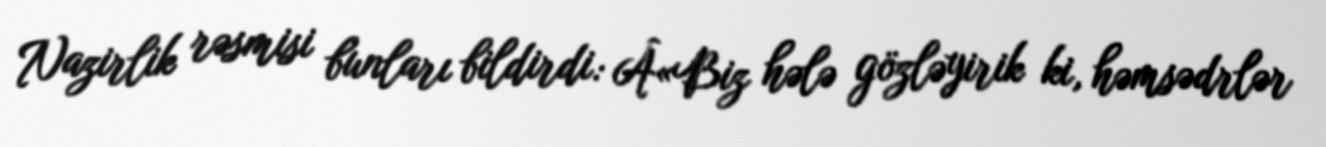
Nazirlik rəsmisi bunları bildirdi: Â«Biz hələ gözləyirik ki, həmsədrlər